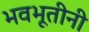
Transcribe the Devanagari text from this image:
भवभूतीनी